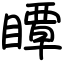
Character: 瞫